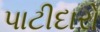
પાટીદારો